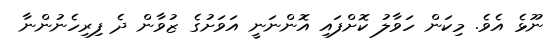
ނޫޅެ އެވެ. މިކަން ހަވާލު ކޮށްފައި އޮންނަނީ އަވަށުގެ ޒުވާން ދެ ފިރިހެނުންނާ